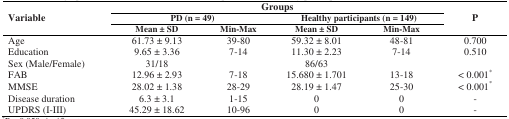
<table><thead><tr><td rowspan="3"><b>Variable</b></td><td colspan="4"><b>Groups</b></td><td rowspan="3"><b>P</b></td></tr><tr><td colspan="2"><b>PD (n = 49)</b></td><td colspan="2"><b>Healthy participants (n = 149)</b></td></tr><tr><td><b>Mean ± SD</b></td><td><b>Min-Max</b></td><td><b>Mean ± SD</b></td><td><b>Min-Max</b></td></tr></thead><tbody><tr><td>Age</td><td>61.73 ± 9.13</td><td>39-80</td><td>59.32 ± 8.01</td><td>48-81</td><td>0.700</td></tr><tr><td>Education</td><td>9.65 ± 3.36</td><td>7-14</td><td>11.30 ± 2.23</td><td>7-14</td><td>0.510</td></tr><tr><td>Sex (Male/Female)</td><td>31/18</td><td></td><td>86/63</td><td></td><td></td></tr><tr><td>FAB</td><td>12.96 ± 2.93</td><td>7-18</td><td>15.680 ± 1.701</td><td>13-18</td><td>&lt; 0.001*</td></tr><tr><td>MMSE</td><td>28.02 ± 1.38</td><td>28-29</td><td>28.19 ± 1.47</td><td>25-30</td><td>&lt; 0.001*</td></tr><tr><td>Disease duration</td><td>6.3 ± 3.1</td><td>1-15</td><td>0</td><td>0</td><td>-</td></tr><tr><td>UPDRS (I-III)</td><td>45.29 ± 18.62</td><td>10-96</td><td>0</td><td>0</td><td>-</td></tr></tbody></table>